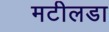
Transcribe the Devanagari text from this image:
मटीलडा